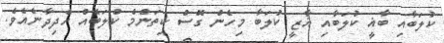
ކުލަބާއި ބާޣީ ކުލަބާއި ޣާޒީ ކުލަބާ މިހެން ގޮސް ކިތަންމެ ކުލަބެއް ހެދިދާނެއެވެ.